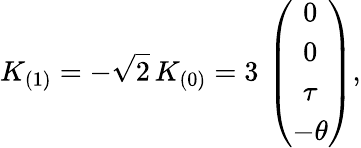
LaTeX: K_{(1)}=-\sqrt{2}\, K_{(0)}=3\, \left(\begin{array}{c}{{0}}\\ {{0}}\\ {{\tau}}\\ {{-\theta}}\end{array}\right),